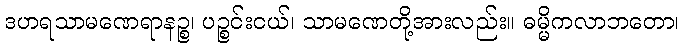
ဒဟရသာမဏေရာနဉ္စ၊ ပဉ္စင်းငယ်၊ သာမဏေတို့အားလည်း။ ဓမ္မိကလာဘတော၊